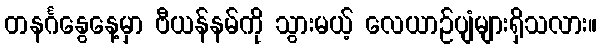
တနင်္ဂနွေနေ့မှာ ဗီယန်နမ်ကို သွားမယ့် လေယာဉ်ပျံများရှိသလား။